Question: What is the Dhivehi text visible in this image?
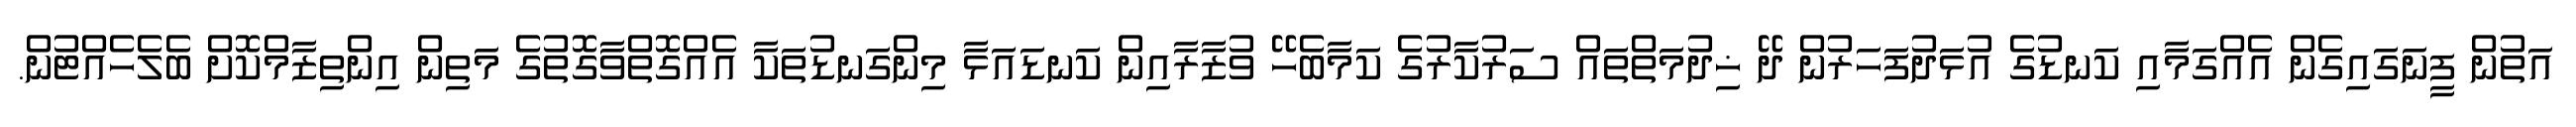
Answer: އަތުން ފީނަގައިގެން އެއްގަމާއި ކަނޑުގެ އުޅަދުފަހަރުން ދޭ ޚިދުމަތްތައް ސަރުކާރުގެ ކަމާބެހޭ ވުޒާރާއިން ކަނޑައަޅާ މިންގަނޑުތަކާ އެއްގޮތްވާގޮތުގެ މަތިން އިންތިޒާމްކޮށް ބެލެހެއްޓުން.